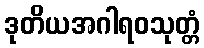
ဒုတိယအဂါရဝသုတ္တံ